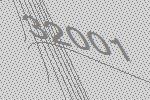
32001